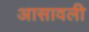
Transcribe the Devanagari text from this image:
आसावली